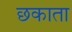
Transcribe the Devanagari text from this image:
छकाता